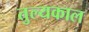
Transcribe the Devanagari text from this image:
तुल्यकाल